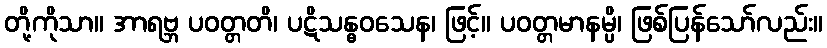
တို့ကိုသာ။ အာရဗ္ဘ ပဝတ္တတိ၊ ပဋိသန္ဓဝသေန၊ ဖြင့်။ ပဝတ္တမာနမ္ပိ၊ ဖြစ်ပြန်သော်လည်း။